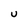
Character: U